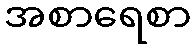
အစာရေစာ